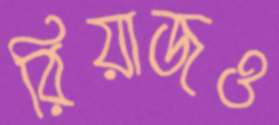
রিয়াজও